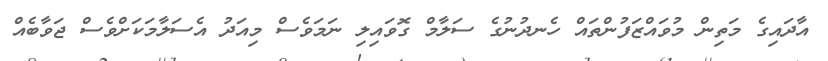
އާދައިގެ މަތިން މުވައްޒަފުންތައް ހެނދުނުގެ ސަލާމް ގޮވައިލި ނަމަވެސް މިއަދު އެސަލާމަކަށްވެސް ޖަވާބެއް